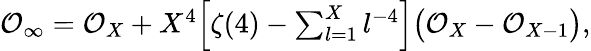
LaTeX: \begin{array}{r}{\mathcal{O}_{\infty}=\mathcal{O}_{X}+X^{4}\Big[\zeta(4)-\sum_{l=1}^{X}l^{-4}\Big]\big(\mathcal{O}_{X}-\mathcal{O}_{X-1}\big),}\end{array}